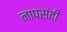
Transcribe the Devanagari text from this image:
नापसंदी